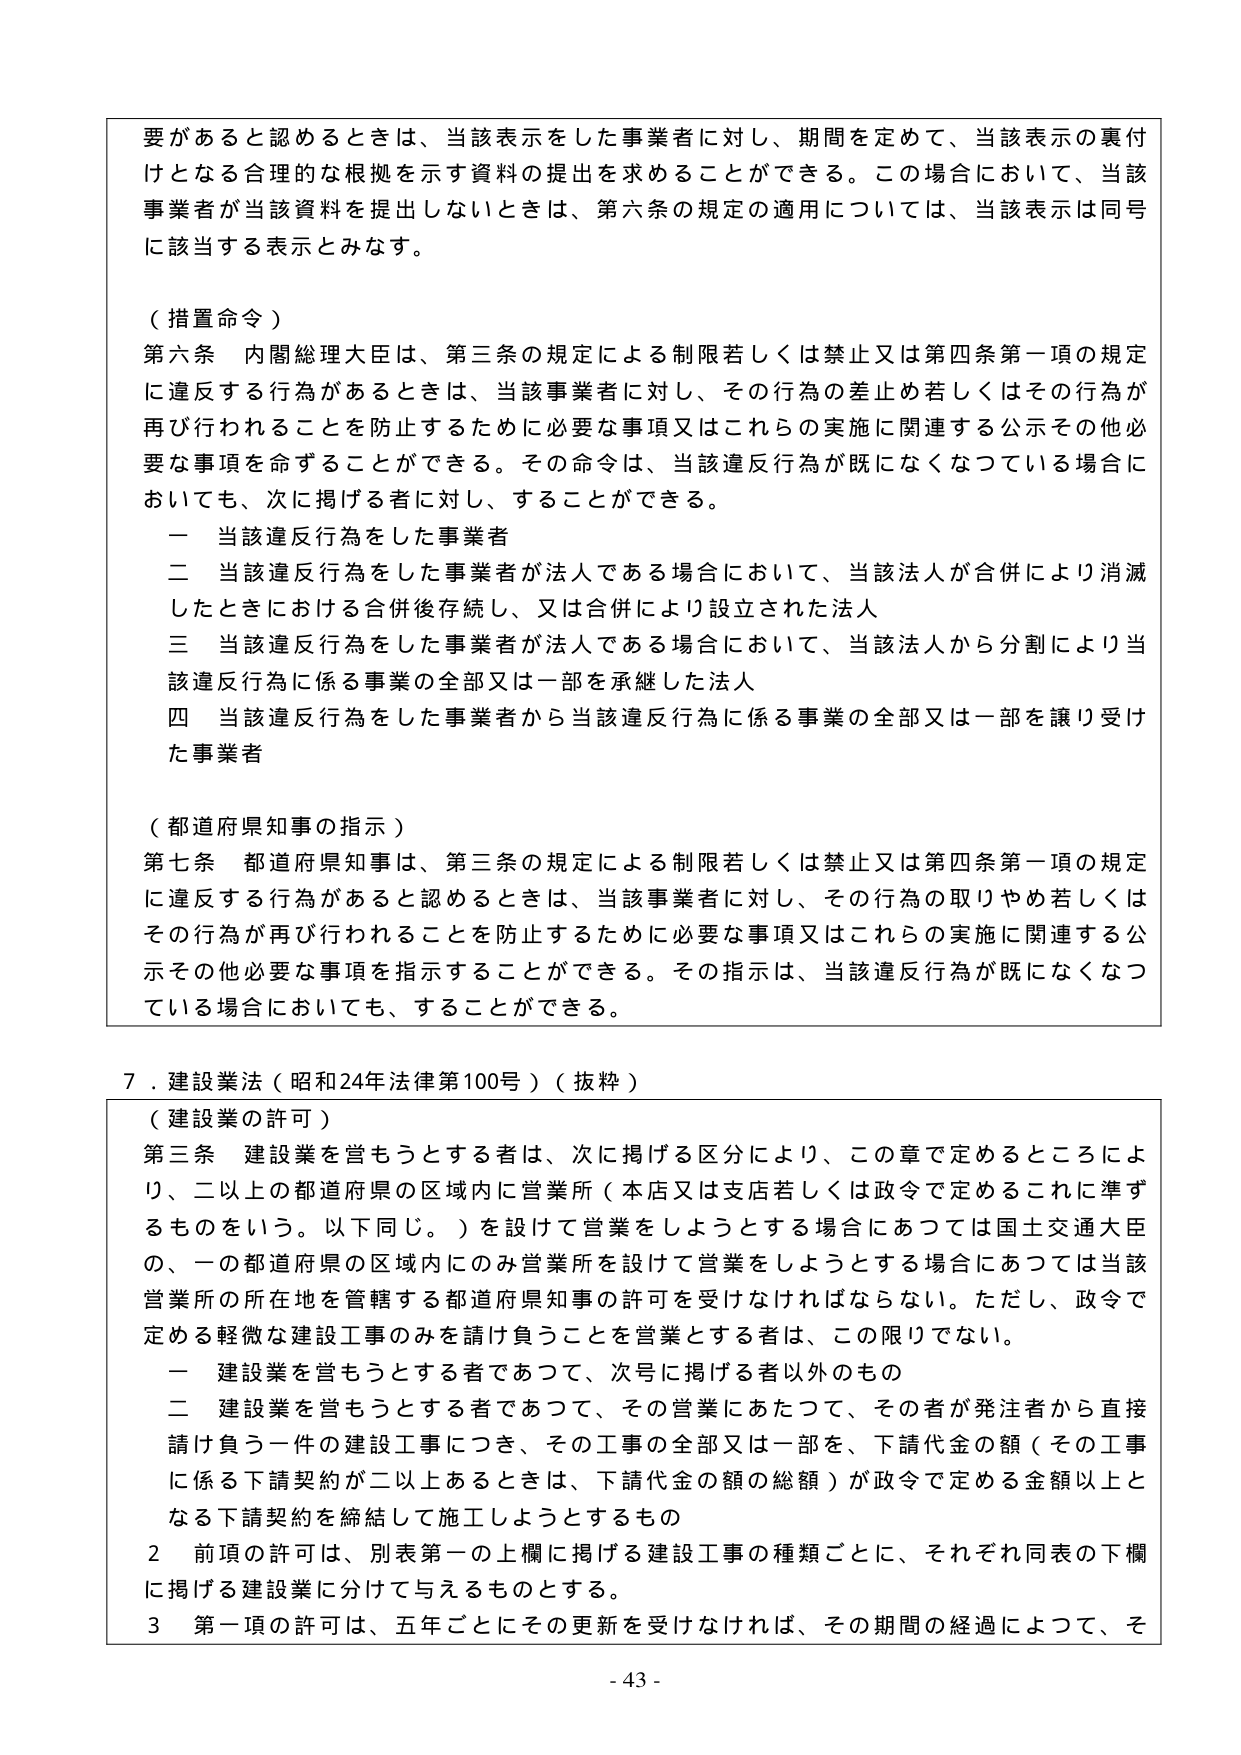
要があると認めるときは、当該表示をした事業者に対し、期間を定めて、当該表示の裏付けとなる合理的な根拠を示す資料の提出を求めることができる。この場合において、当該事業者が当該資料を提出しないときは、第六条の規定の適用については、当該表示は同号に該当する表示とみなす。

（措置命令）
第六条 内閣総理大臣は、第三条の規定による制限若しくは禁止又は第四条第一項の規定に違反する行為があるときは、当該事業者に対し、その行為の差止め若しくはその行為が再び行われることを防止するために必要な事項又はこれらの実施に関連する公示その他必要な事項を命ずることができる。その命令は、当該違反行為が既になくなつている場合においても、次に掲げる者に対し、することができる。
一 当該違反行為をした事業者
二 当該違反行為をした事業者が法人である場合において、当該法人が合併により消滅したときにおける合併後存続し、又は合併により設立された法人
三 当該違反行為をした事業者が法人である場合において、当該法人から分割により当該違反行為に係る事業の全部又は一部を承継した法人
四 当該違反行為をした事業者から当該違反行為に係る事業の全部又は一部を譲り受けた事業者

（都道府県知事の指示）
第七条 都道府県知事は、第三条の規定による制限若しくは禁止又は第四条第一項の規定に違反する行為があると認めるときは、当該事業者に対し、その行為の取りやめ若しくはその行為が再び行われることを防止するために必要な事項又はこれらの実施に関連する公示その他必要な事項を指示することができる。その指示は、当該違反行為が既になくなつている場合においても、することができる。

７．建設業法（昭和24年法律第100号）（抜粋）

（建設業の許可）
第三条 建設業を営もうとする者は、次に掲げる区分により、この章で定めるところにより、二以上の都道府県の区域内に営業所（本店又は支店若しくは政令で定めるこれに準ずるものをいう。以下同じ。）を設けて営業をしようとする場合にあつては国土交通大臣の、一の都道府県の区域内にのみ営業所を設けて営業をしようとする場合にあつては当該営業所の所在地を管轄する都道府県知事の許可を受けなければならない。ただし、政令で定める軽微な建設工事のみを請け負うことを営業とする者は、この限りでない。
一 建設業を営もうとする者であつて、次号に掲げる者以外のもの
二 建設業を営もうとする者であつて、その営業にあたつて、その者が発注者から直接請け負う一件の建設工事につき、その工事の全部又は一部を、下請代金の額（その工事に係る下請契約が二以上あるときは、下請代金の額の総額）が政令で定める金額以上となる下請契約を締結して施工しようとするもの
２ 前項の許可は、別表第一の上欄に掲げる建設工事の種類ごとに、それぞれ同表の下欄に掲げる建設業に分けて与えるものとする。
３ 第一項の許可は、五年ごとにその更新を受けなければ、その期間の経過によつて、そ

- 43 -